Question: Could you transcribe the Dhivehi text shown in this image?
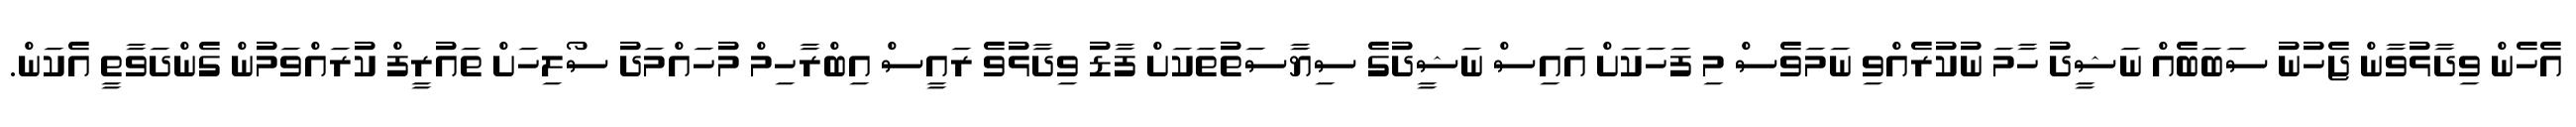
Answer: އެހެން ވިދާޅުވާން ޖެހުނު ސަބަބެއް ނަޝީދު ހާމަ ނުކުރެއްވި ނަމަވެސް މި ފަހަކަށް އައިސް ނަޝީދުގެ ސިޔާސަތުތަކަށް ފާޑު ވިދާޅުވެ ރައީސް އިބްރާހިމް މުހައްމަދު ސޯލިހަށް ތައުރީފް ކުރައްވަމުން ގެންދަވާތީ އެކަން.